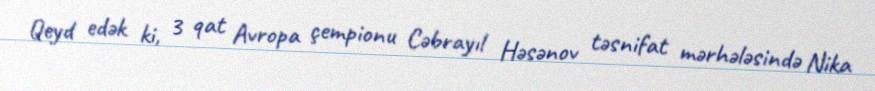
Qeyd edək ki, 3 qat Avropa çempionu Cəbrayıl Həsənov təsnifat mərhələsində Nika